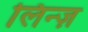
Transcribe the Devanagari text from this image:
लिन्ज़